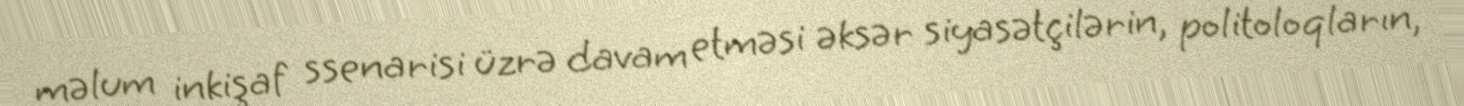
məlum inkişaf ssenarisi üzrə davam etməsi əksər siyasətçilərin, politoloqların,